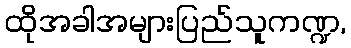
ထိုအခါအများပြည်သူကဏ္ဍ,